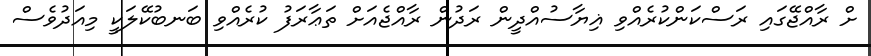
ށް ރާއްޖޭގައި ރަސްކަންކުރެއްވި ޣިޔާސުއްދީން ރަދުން ރާއްޖެއަށް ތަޢާރަފު ކުރެއްވި ބަނބުކޭލަކީ މިއަދުވެސް